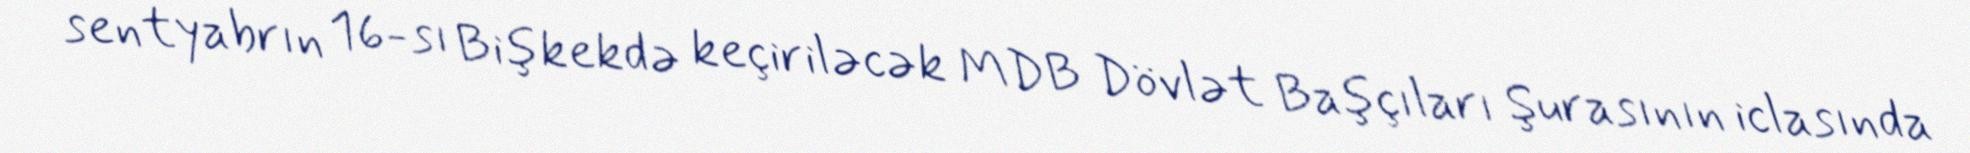
sentyabrın 16-sı Bişkekdə keçiriləcək MDB Dövlət Başçıları Şurasının iclasında